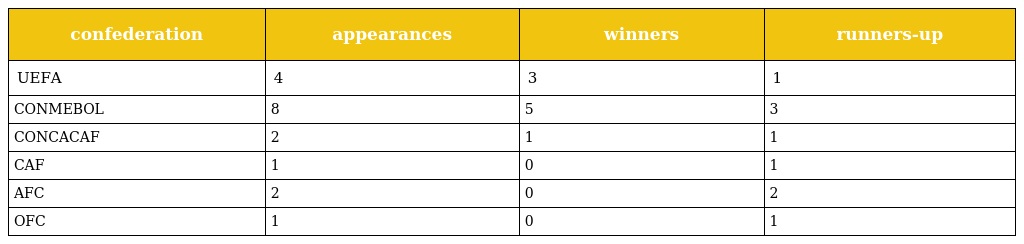
| confederation | appearances | winners | runners-up |
 | --- | --- | --- | --- |
 | UEFA | 4 | 3 | 1 |
 | CONMEBOL | 8 | 5 | 3 |
 | CONCACAF | 2 | 1 | 1 |
 | CAF | 1 | 0 | 1 |
 | AFC | 2 | 0 | 2 |
 | OFC | 1 | 0 | 1 |